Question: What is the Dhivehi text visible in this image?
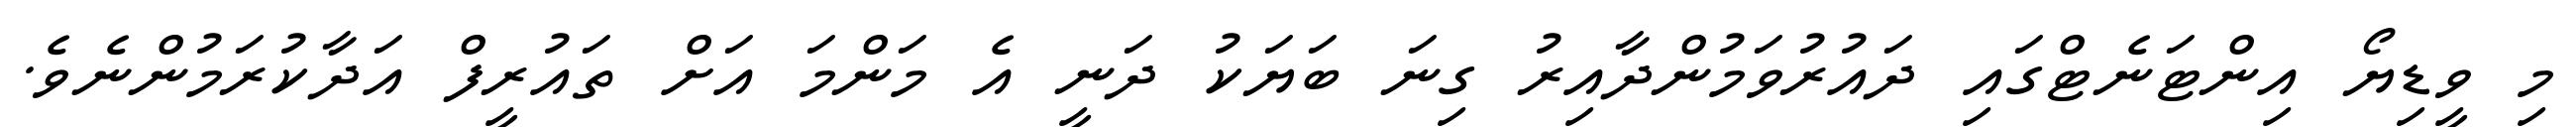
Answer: މި ވީޑިޔޯ އިންޓަނެޓްގައި ދައުރުވަމުންދާއިރު ގިނަ ބަޔަކު ދަނީ އެ މަންމަ އަށް ތައުރީފް އަދާކުރަމުންނެވެ.